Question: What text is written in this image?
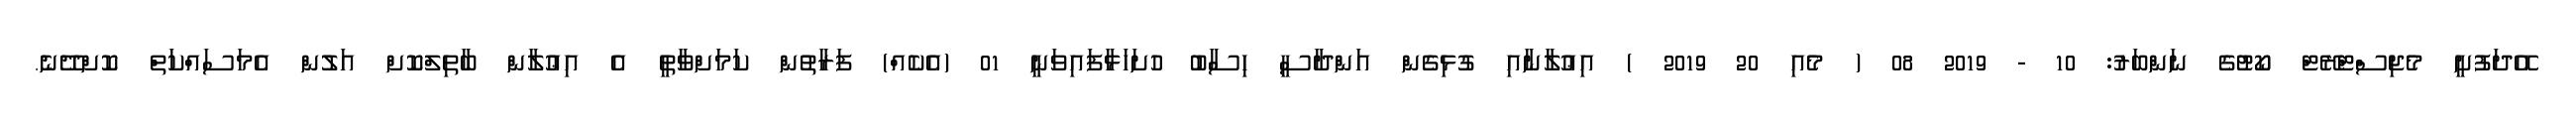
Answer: އޭދަފުށީ މެޖިސްޓްރޭޓް ކޯޓުގެ ނަންބަރު: 10 - 2019 08 ( މެއި 20 2019 ) އިޢުލާނާއި ގުޅިގެން އަންދާސީ ހިސާބު ހުށަހަޅާފައިވަނީ 01 (އެކެއް) ފަރާތުން ކަމަށްވާތީ އެ އިޢުލާން ބާތިލްކޮށް އަލުން އެމަސައްކަތް ކޮށްދޭނެ.